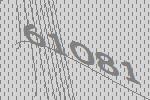
61081